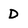
Character: D